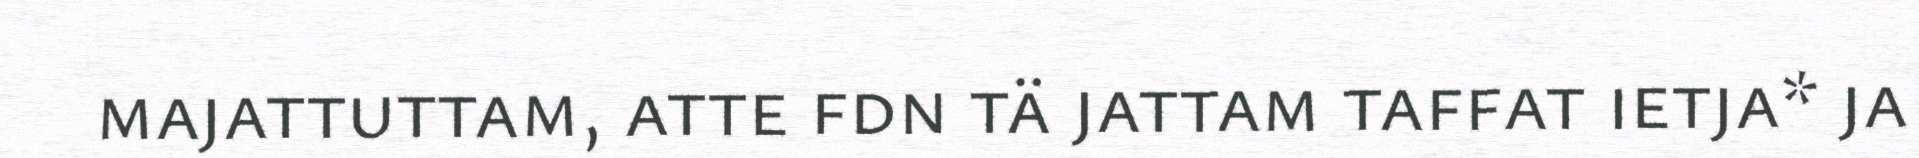
majattuttam, atte fdn tä jattam taffat ietja* ja